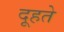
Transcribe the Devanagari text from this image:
दूहते